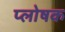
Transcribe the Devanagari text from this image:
प्लोषक